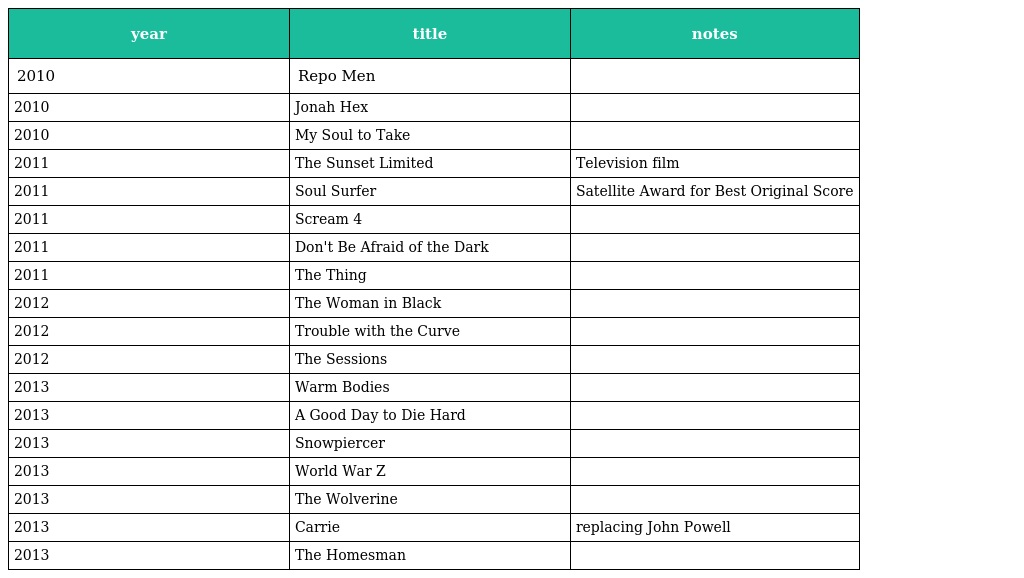
| year | title | notes |
 | --- | --- | --- |
 | 2010 | Repo Men |  |
 | 2010 | Jonah Hex |  |
 | 2010 | My Soul to Take |  |
 | 2011 | The Sunset Limited | Television film |
 | 2011 | Soul Surfer | Satellite Award for Best Original Score |
 | 2011 | Scream 4 |  |
 | 2011 | Don't Be Afraid of the Dark |  |
 | 2011 | The Thing |  |
 | 2012 | The Woman in Black |  |
 | 2012 | Trouble with the Curve |  |
 | 2012 | The Sessions |  |
 | 2013 | Warm Bodies |  |
 | 2013 | A Good Day to Die Hard |  |
 | 2013 | Snowpiercer |  |
 | 2013 | World War Z |  |
 | 2013 | The Wolverine |  |
 | 2013 | Carrie | replacing John Powell |
 | 2013 | The Homesman |  |